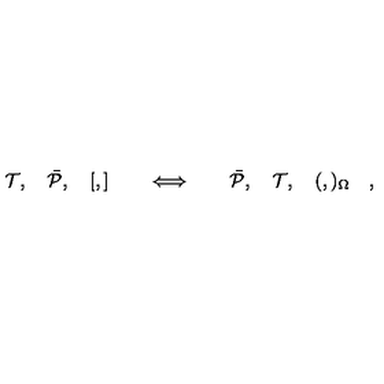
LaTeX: { \cal T } , \quad \bar { \cal P } , \quad [ , ] \quad \quad \Longleftrightarrow \quad \quad \bar { \cal P } , \quad { \cal T } , \quad ( , ) _ { \Omega } \quad ,